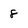
Character: 8